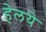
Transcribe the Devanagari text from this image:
हेलये